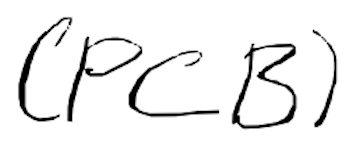
Text: (PCB)
Cross-out: clean
Writing tool: digital_black